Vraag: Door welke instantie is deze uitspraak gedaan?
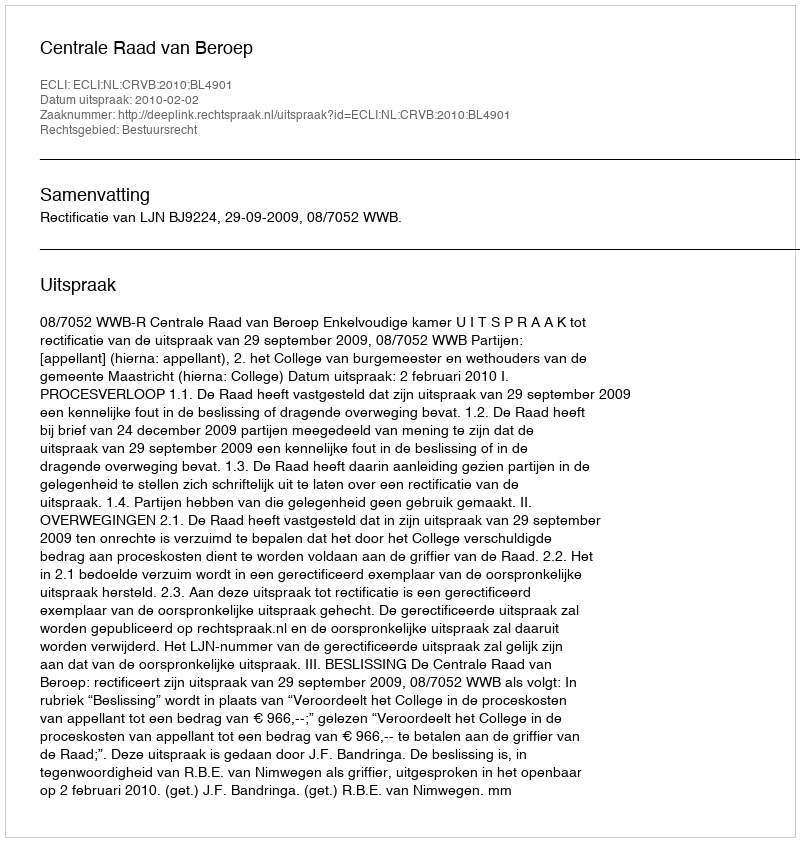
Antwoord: Centrale Raad van Beroep